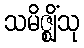
သမိဇ္ဈိံသု